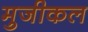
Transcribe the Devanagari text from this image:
मुजीकल